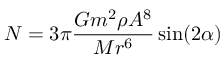
N = 3 \pi { \frac { G m ^ { 2 } \rho A ^ { 8 } } { M r ^ { 6 } } } \sin ( 2 \alpha )